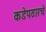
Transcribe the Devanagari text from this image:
कडेपठारचे